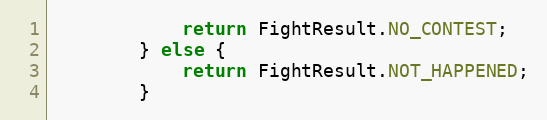
Language: Java
            return FightResult.NO_CONTEST;
        } else {
            return FightResult.NOT_HAPPENED;
        }